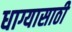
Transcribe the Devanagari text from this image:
धाग्यासाठी